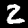
Digit: 2